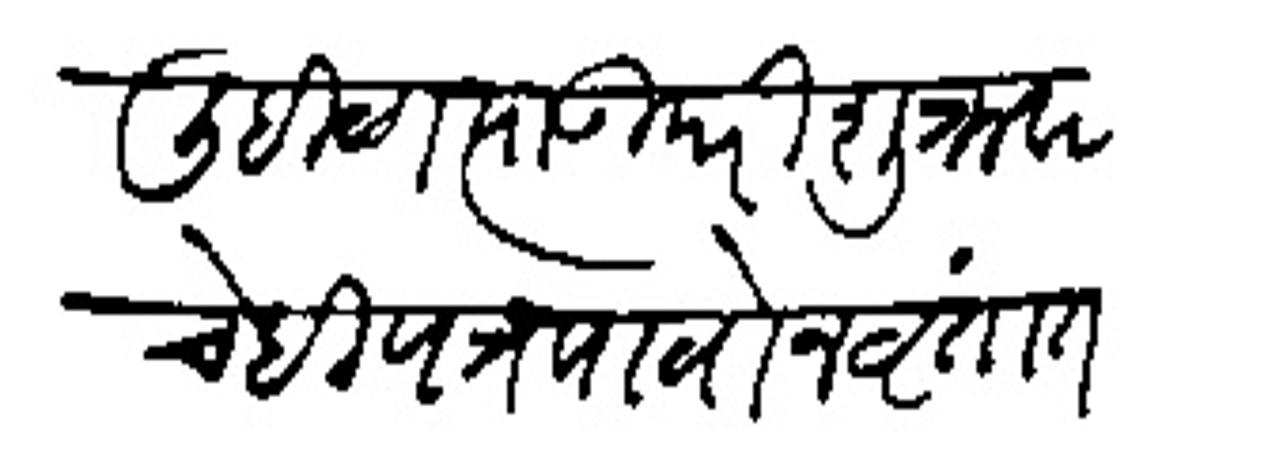
Transliteration (Devanagari): लिहिळा त्याउपरि शुक्रवार चेही पत्र पावोन वृत्तांत